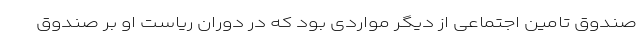
صندوق تامین اجتماعی از دیگر مواردی بود که در دوران ریاست او بر صندوق